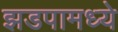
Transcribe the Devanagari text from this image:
झडपामध्ये